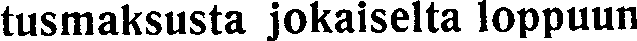
tusmaksusta jokaiselta loppuun